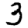
Digit: 3